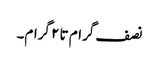
نصف گرام تا ۲ گرام۔